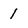
Character: 1